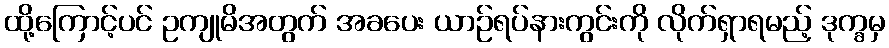
ထို့ကြောင့်ပင် ဥကျုမိအတွက် အခပေး ယာဉ်ရပ်နားကွင်းကို လိုက်ရှာရမည့် ဒုက္ခမှ